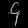
Digit: ၄